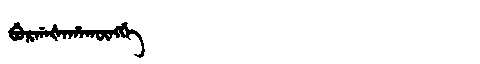
Manchu: ᠪᡠᡵᡤᠠᡧᠠᡥᠠᡴᡡᠩᡤᡝ
Romanization: BURGAŠAHAKŪNGGE